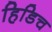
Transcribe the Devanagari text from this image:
हिडिच